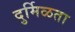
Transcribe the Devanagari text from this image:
दुर्मिळता